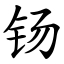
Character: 钖